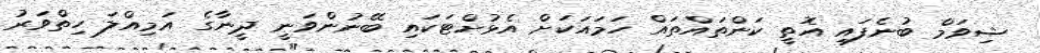
ޝިވަމް ބުނެފައި އޮތީ ކަންތައްތައް ހަމައަކަށް އެޅުށްޓަކައި ބޭނުންވަނީ ދީނާގެ އަމިއްލަ ހިތްވަރު